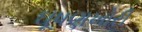
ઘૂષણખોરી